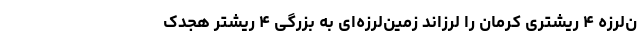
ن‌لرزه ۴ ریشتری کرمان را لرزاند زمین‌لرزه‌ای به بزرگی ۴ ریشتر هجدک